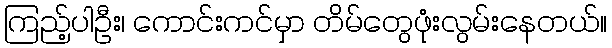
ကြည့်ပါဦး၊ ကောင်းကင်မှာ တိမ်တွေဖုံးလွမ်းနေတယ်။